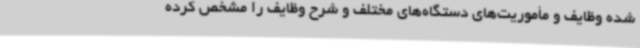
شده وظایف و مأموریت‌های دستگاه‌های مختلف و شرح وظایف را مشخص کرده